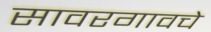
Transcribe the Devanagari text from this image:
सावरगावचे